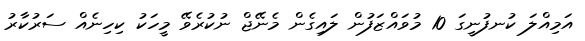
އަމިއްލަ ކުނފުނީގަ 10 މުވައްޒަފުން ލައިގެން މެނޭޖް ނުކުރެވޭ މީހަކު ކިހިނެއް ސަރުކާރު